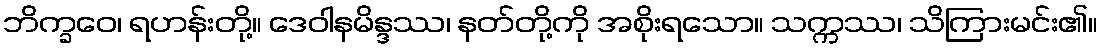
ဘိက္ခဝေ၊ ရဟန်းတို့။ ဒေဝါနမိန္ဒဿ၊ နတ်တို့ကို အစိုးရသော။ သက္ကဿ၊ သိကြားမင်း၏။